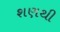
શણથી